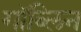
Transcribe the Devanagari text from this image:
गॉब्लिन